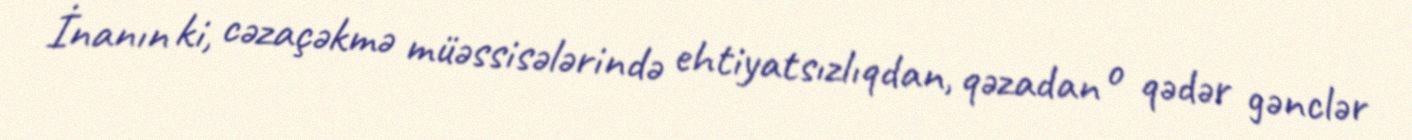
İnanın ki, cəzaçəkmə müəssisələrində ehtiyatsızlıqdan, qəzadan o qədər gənclər